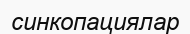
синкопациялар